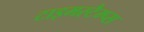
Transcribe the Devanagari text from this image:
टाइमस्टैम्प्स